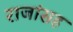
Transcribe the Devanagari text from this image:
राजांसह